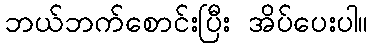
ဘယ်ဘက်စောင်းပြီး အိပ်ပေးပါ။